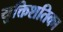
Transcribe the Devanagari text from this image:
युक्तिशतिका